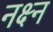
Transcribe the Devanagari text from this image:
नक्ष्न